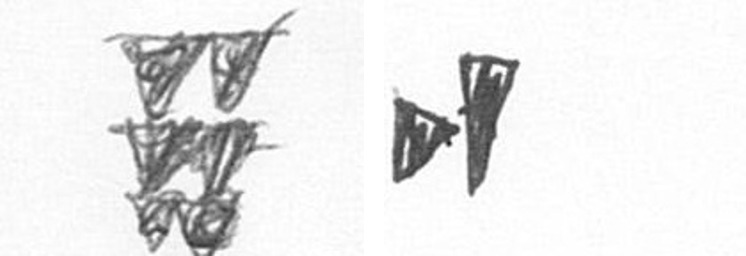
Y M